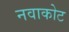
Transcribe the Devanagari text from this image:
नवाकोट